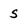
Character: S